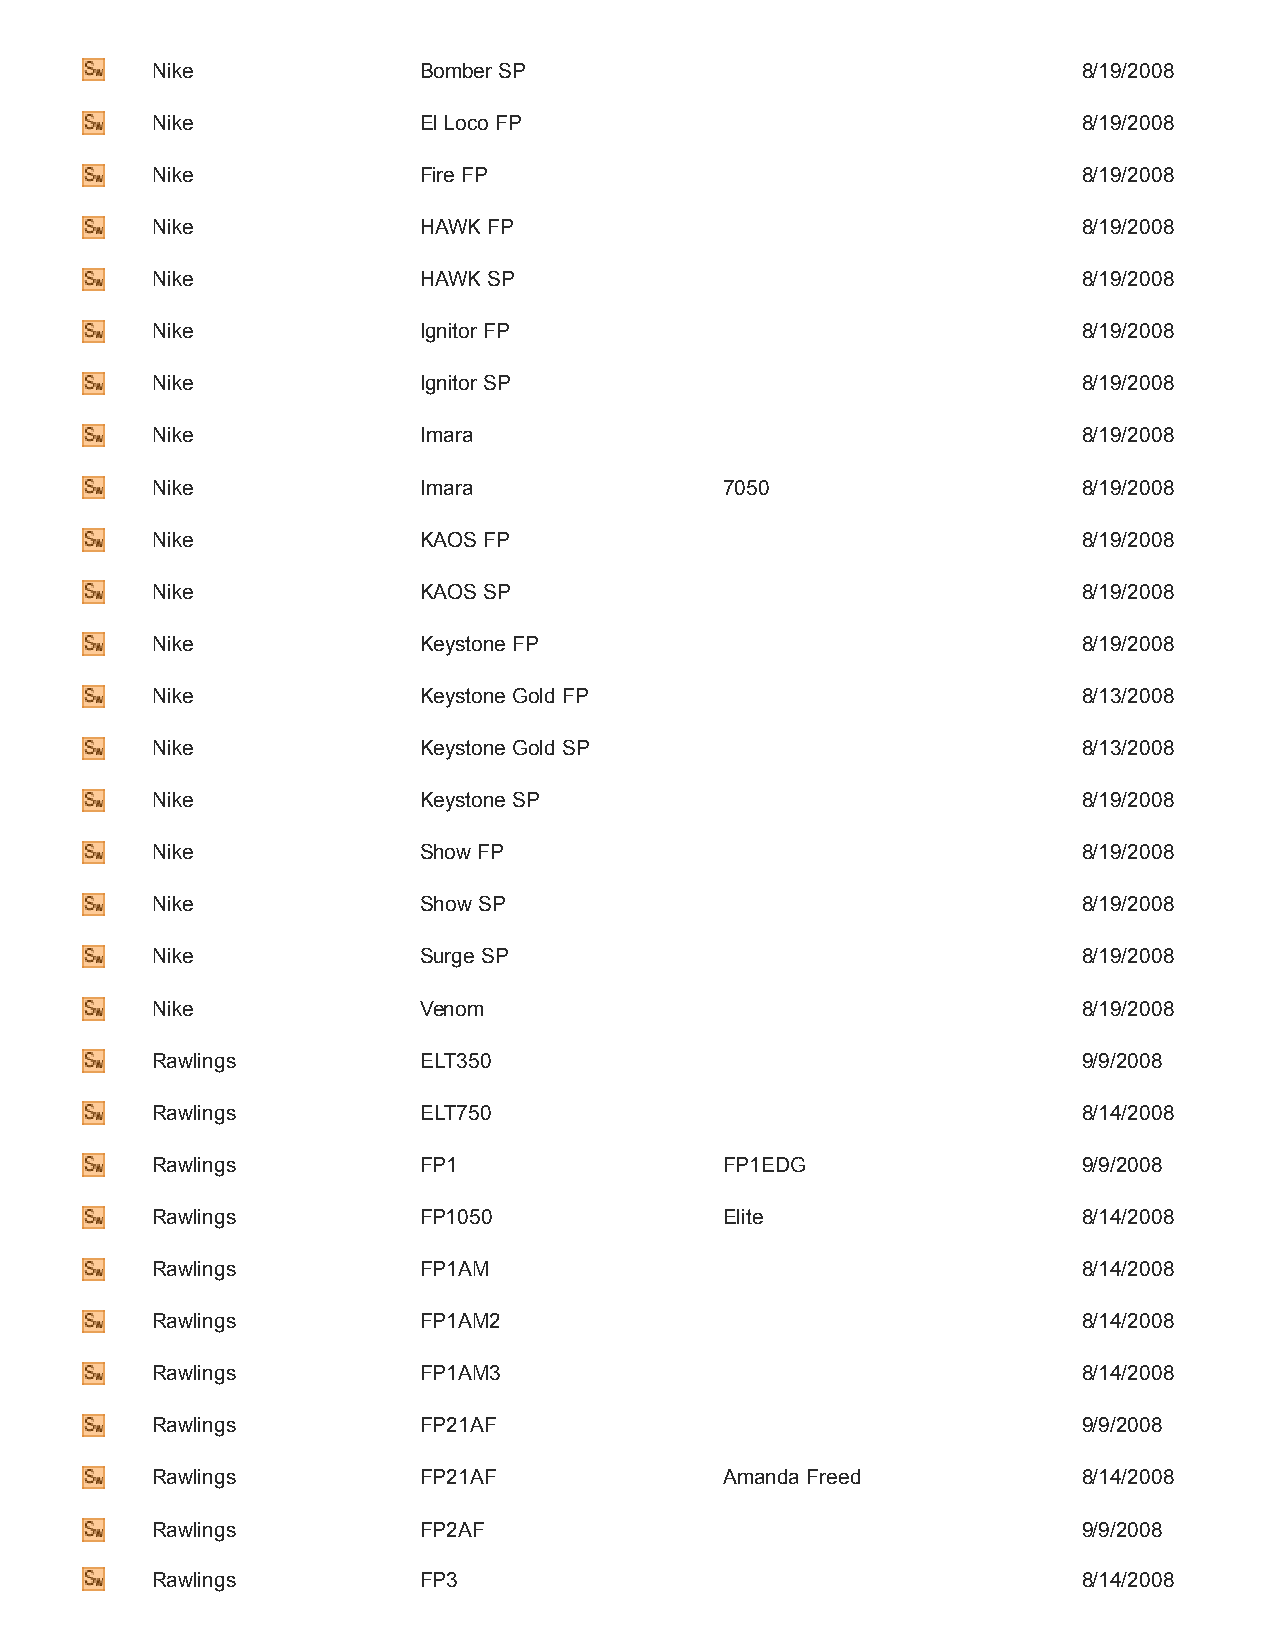
Nike              Bomber SP                                   8/19/2008
 Nike              El Loco FP                                  8/19/2008
 Nike              Fire FP                                     8/19/2008
 Nike              HAWK FP                                     8/19/2008
 Nike              HAWK SP                                     8/19/2008
 Nike              Ignitor FP                                  8/19/2008
 Nike              Ignitor SP                                  8/19/2008
 Nike              Imara                                       8/19/2008
 Nike              Imara               7050                    8/19/2008
 Nike              KAOS FP                                     8/19/2008
 Nike              KAOS SP                                     8/19/2008
 Nike              Keystone FP                                 8/19/2008
 Nike              Keystone Gold FP                            8/13/2008
 Nike              Keystone Gold SP                            8/13/2008
 Nike              Keystone SP                                 8/19/2008
 Nike              Show FP                                     8/19/2008
 Nike              Show SP                                     8/19/2008
 Nike              Surge SP                                    8/19/2008
 Nike              Venom                                       8/19/2008
 Rawlings          ELT350                                      9/9/2008
 Rawlings          ELT750                                      8/14/2008
 Rawlings          FP1                 FP1EDG                  9/9/2008
 Rawlings          FP1050              Elite                   8/14/2008
 Rawlings          FP1AM                                       8/14/2008
 Rawlings          FP1AM2                                      8/14/2008
 Rawlings          FP1AM3                                      8/14/2008
 Rawlings          FP21AF                                      9/9/2008
 Rawlings          FP21AF              Amanda Freed            8/14/2008
 Rawlings          FP2AF                                       9/9/2008
 Rawlings          FP3                                         8/14/2008